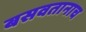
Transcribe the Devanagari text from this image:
बसवतानाच